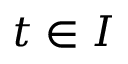
t \in I